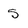
Character: 5